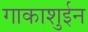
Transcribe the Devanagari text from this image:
गाकाशुईन